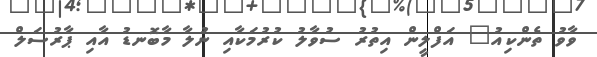
ވާވު ތެންކިއު" އަފްލީން އިތުރު ސުވާލު ކުރުމަކާއި ނުލާ މާބޮނޑު އާއި ޕާރުސަލް